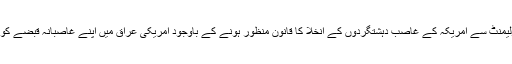
اپریل کے مہینے میں عراقی پارلیمنٹ سے امریکہ کے غاصب دہشتگردوں کے انخلا کا قانون منظور ہونے کے باوجود امریکی عراق میں اپنے غاصبانہ قبضے کو مسلسل جاری رکھے ہوئے ہیں۔